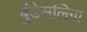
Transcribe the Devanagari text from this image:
बुंडेसलिगा